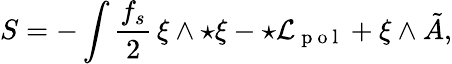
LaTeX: S=-\int\frac{f_{s}}{2}\, \xi\wedge{\star\xi}-\star{\cal L}_{\mathrm{~p~o~l~}}+\xi\wedge\tilde{A},